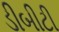
ડીબીટી